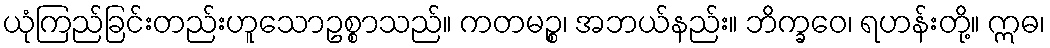
ယုံကြည်ခြင်းတည်းဟူသောဥစ္စာသည်။ ကတမဉ္စ၊ အဘယ်နည်း။ ဘိက္ခဝေ၊ ရဟန်းတို့။ ဣဓ၊